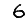
Digit: 6